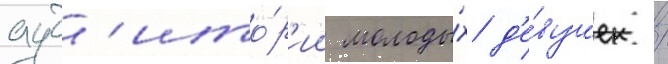
ауд'ито́р'ии молоды́х д'е́вушек /